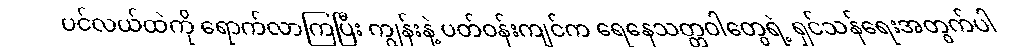
ပင်လယ်ထဲကို ရောက်လာကြပြီး ကျွန်းနဲ့ ပတ်ဝန်းကျင်က ရေနေသတ္တဝါတွေရဲ့ ရှင်သန်ရေးအတွက်ပါ